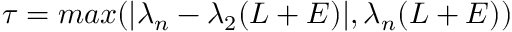
\tau = m a x ( \vert \lambda _ { n } - \lambda _ { 2 } ( L + E ) \vert , \lambda _ { n } ( L + E ) )